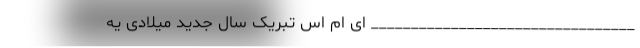
_________________________________ ای ام اس تبریک سال جدید میلادی یه